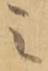
之